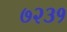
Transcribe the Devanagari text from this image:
७२३१